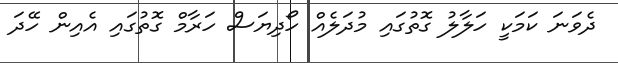
ދެވަނަ ކަމަކީ ހަލާލު ގޮތުގައި މުދަލެއް ހޯދިޔަސް ހަރާމް ގޮތުގައި އެއިން ހޭދަ